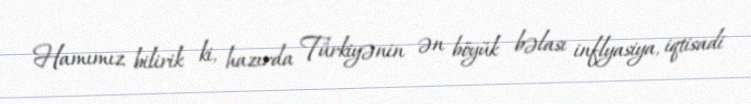
Hamımız bilirik ki, hazırda Türkiyənin ən böyük bəlası inflyasiya, iqtisadi